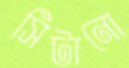
সিঁটানো